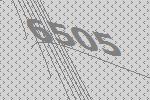
6505